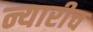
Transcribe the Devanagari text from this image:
न्यारीच